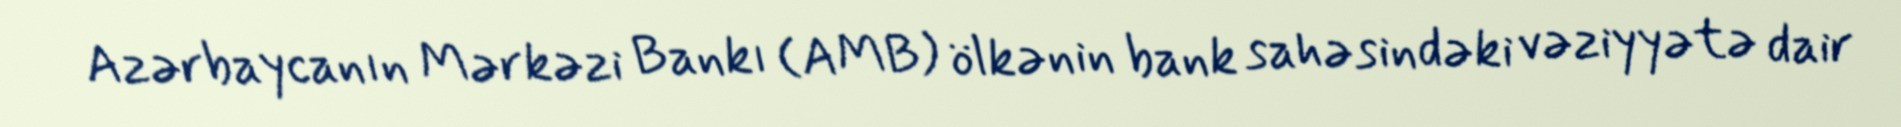
Azərbaycanın Mərkəzi Bankı (AMB) ölkənin bank sahəsindəki vəziyyətə dair